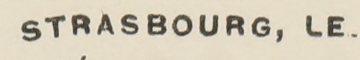
STRASBOURG, LE